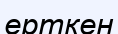
ерткен